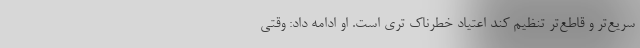
سریع‌تر و قاطع‌تر تنظیم کند اعتیاد خطرناک تری است. او ادامه داد: وقتی